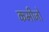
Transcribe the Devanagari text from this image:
कमीजों